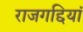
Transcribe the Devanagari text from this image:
राजगद्दियां